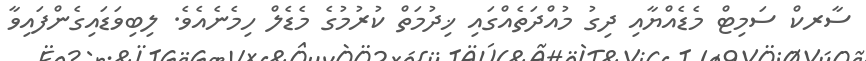
ސާރކް ސަމިޓް މެޑެއްޔާއި ދިގު މުއްދަތެއްގައި ޚިދުމަތް ކުރުމުގެ މެޑެލް ހިމެނެއެވެ. ލިބިވަޑައިގެންފައިވާ